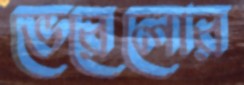
ভেরেলোর